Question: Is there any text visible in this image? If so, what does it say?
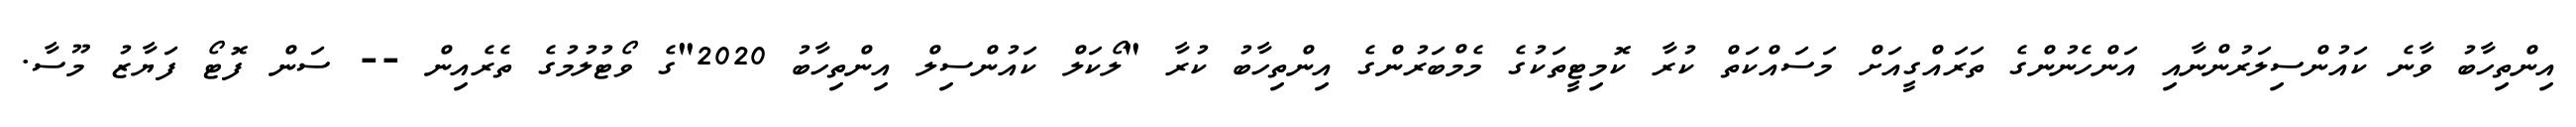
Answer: އިންތިހާބު ވާނެ ކައުންސިލަރުންނާއި އަންހެނުންގެ ތަރައްގީއަށް މަސައްކަތް ކުރާ ކޮމިޓީތަކުގެ މެމްބަރުންގެ އިންތިހާބު ކުރާ "ލޯކަލް ކައުންސިލް އިންތިހާބު 2020"ގެ ވޯޓުލުމުގެ ތެރެއިން -- ސަން ފޮޓޯ ފަޔާޒު މޫސާ.